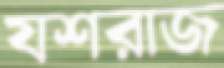
যশরাজ